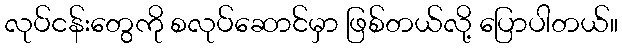
လုပ်ငန်းတွေကို စလုပ်ဆောင်မှာ ဖြစ်တယ်လို့ ပြောပါတယ်။